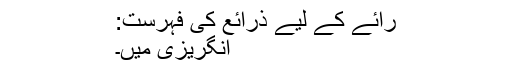
رائے کے لیے ذرائع کی فہرست:
انگریزی میں۔